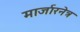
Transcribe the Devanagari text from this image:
मार्जारनेत्र